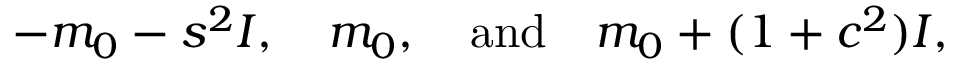
- m _ { 0 } - s ^ { 2 } I , ~ ~ ~ m _ { 0 } , ~ ~ ~ \mathrm { a n d } ~ ~ ~ m _ { 0 } + ( 1 + c ^ { 2 } ) I ,